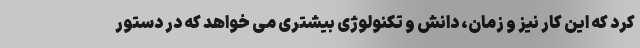
کرد که این کار نیز و زمان، دانش و تکنولوژی بیشتری می خواهد که در دستور